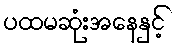
ပထမဆုံးအနေနှင့်